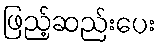
ဖြည့်ဆည်းပေး